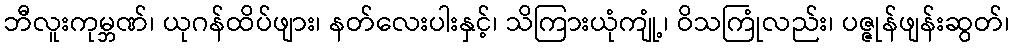
ဘီလူးကုမ္ဘဏ်၊ ယုဂန်ထိပ်ဖျား၊ နတ်လေးပါးနှင့်၊ သိကြားယုံကျုံ့၊ ဝိသကြုံလည်း၊ ပဇ္ဇုန်ဖျန်းဆွတ်၊